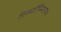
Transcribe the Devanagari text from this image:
रिस्पॉन्सिवनेस